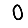
Digit: 0